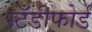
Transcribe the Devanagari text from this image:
स्टँडीफोर्ड